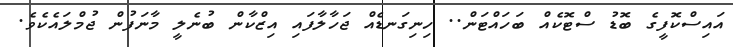
އައިސްކޮފީގެ ބޮޑު ސްޓޮކެއް ބަހައްޓަން.. ހިނިގަނޑެއް ޖަހާލާފައި އިޒްކާން ބުނެލީ މާނަފުން ޖުމްލައެކެވެ.